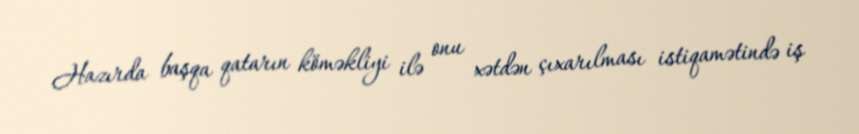
Hazırda başqa qatarın köməkliyi ilə onu xətdən çıxarılması istiqamətində iş